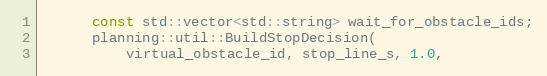
Language: C++
      const std::vector<std::string> wait_for_obstacle_ids;
      planning::util::BuildStopDecision(
          virtual_obstacle_id, stop_line_s, 1.0,